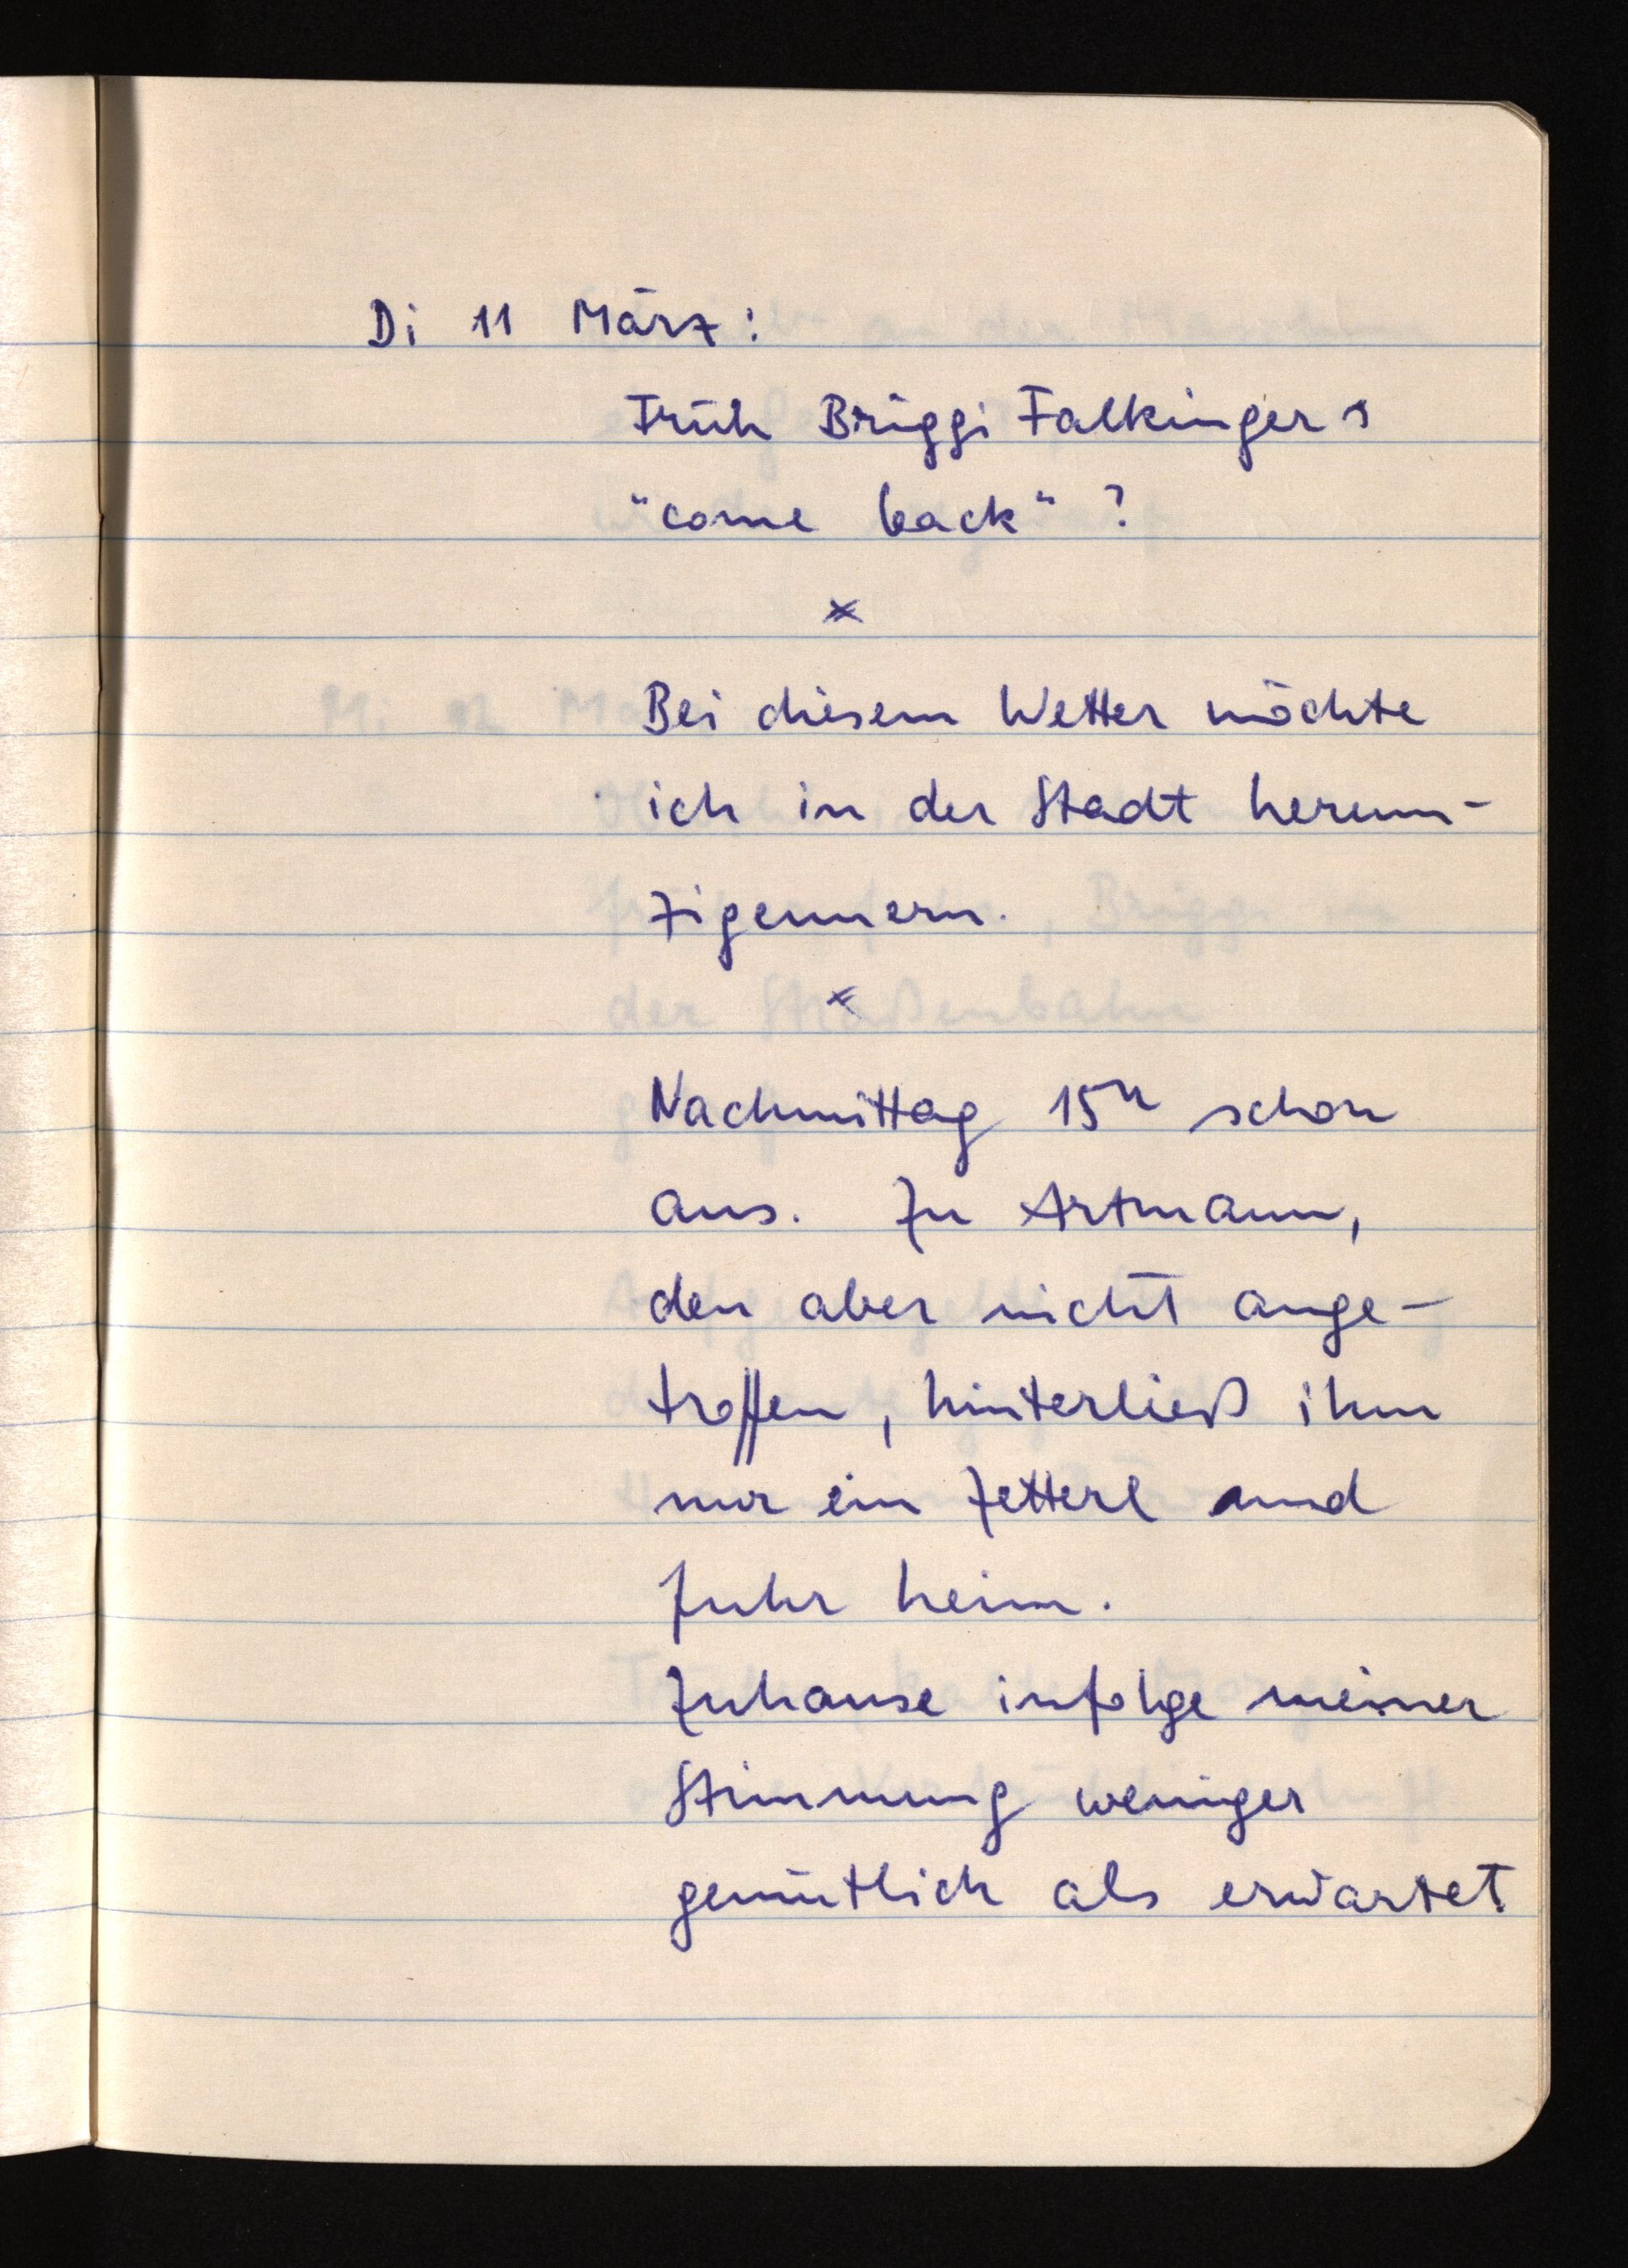
Di 11 März:
Früh Briggi Falkingers
"come back"?
Bei diesem Wetter möchte
ich in der Stadt herum¬
zigeunern.
Nachmittag 15h schon
aus. Zu Artmann,
den aber nicht ange¬
troffen, hinterließ ihm
nur ein Zetterl und
fuhr heim.
Zuhause infolge meiner
Stimmung weniger
gemütlich als erwartet.